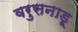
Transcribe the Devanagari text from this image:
वरुसनाडू